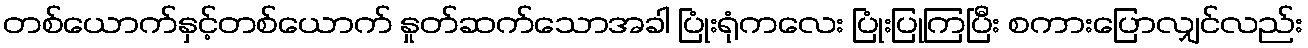
တစ်ယောက်နှင့်တစ်ယောက် နှုတ်ဆက်သောအခါ ပြုံးရုံကလေး ပြုံးပြုကြပြီး စကားပြောလျှင်လည်း